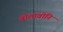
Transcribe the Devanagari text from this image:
बोलावोनि